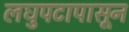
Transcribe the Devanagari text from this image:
लघुपटापासून